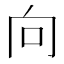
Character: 向